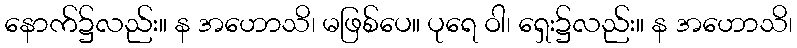
နောက်၌လည်း။ န အဟောသိ၊ မဖြစ်ပေ။ ပုရေ ဝါ၊ ရှေး၌လည်း။ န အဟောသိ၊